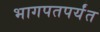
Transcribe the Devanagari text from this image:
भागपतपर्यंत